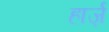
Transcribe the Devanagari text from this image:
हार्ज़